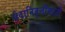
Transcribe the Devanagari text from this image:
सेवानिवृत्तीसाठी